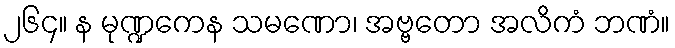
၂၆၄။ န မုဏ္ဍကေန သမဏော၊ အဗ္ဗတော အလိကံ ဘဏံ။